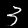
Label: 3